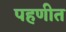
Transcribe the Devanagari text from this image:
पहणीत